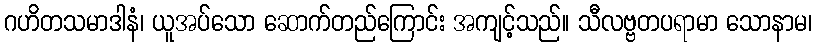
ဂဟိတသမာဒါနံ၊ ယူအပ်သော ဆောက်တည်ကြောင်း အကျင့်သည်။ သီလဗ္ဗတပရာမာ သောနာမ၊